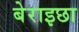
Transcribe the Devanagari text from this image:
बेराइछा